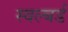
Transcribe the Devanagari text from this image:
स्वल्बर्ड